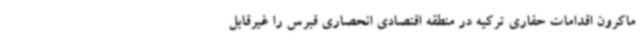
ماکرون اقدامات حفاری ترکیه در منطقه اقتصادی انحصاری قبرس را غیرقابل